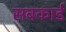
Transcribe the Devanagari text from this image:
सबकार्ड